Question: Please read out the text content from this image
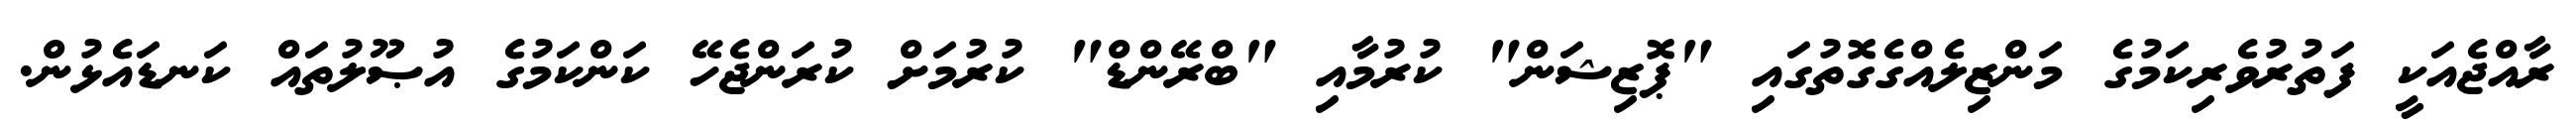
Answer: ރާއްޖެއަކީ ފަތުރުވެރިކަމުގެ މަންޒިލެއްގެގޮތުގައި "ޕޮޒިޝަން" ކުރުމާއި "ބްރޭންޑް" ކުރުމަށް ކުރަންޖެހޭ ކަންކަމުގެ އުޞޫލުތައް ކަނޑައެޅުން.